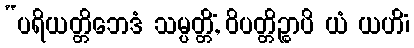
“ပရိယတ္တိဘေဒံ သမ္ပတ္တိံ, ဝိပတ္တိဉ္စာပိ ယံ ယဟိံ၊